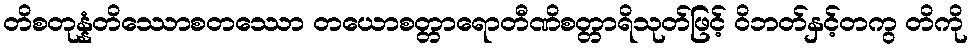
တိစတုန္နံတိဿောစတဿော တယောစတ္တာရောတီဏိစတ္တာရိသုတ်ဖြင့် ဝိဘတ်နှင့်တကွ တိကို